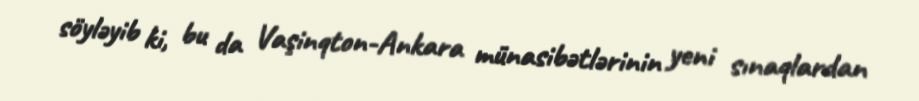
söyləyib ki, bu da Vaşinqton-Ankara münasibətlərinin yeni sınaqlardan